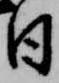
日